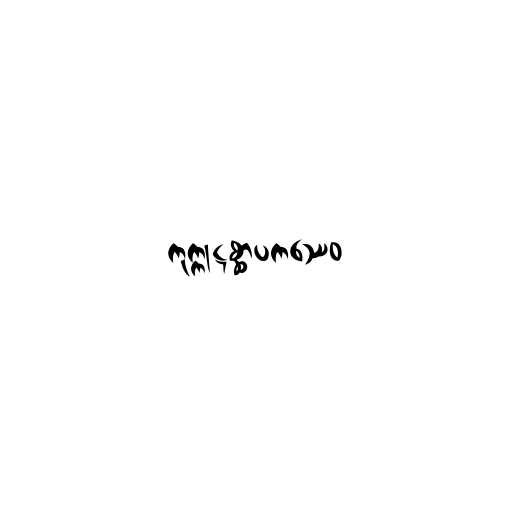
ကုက္ကုဋစ္ဆာပကဿေဝ